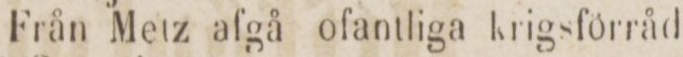
Från Metz afgå ofantliga krigsförråd